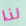
لذا